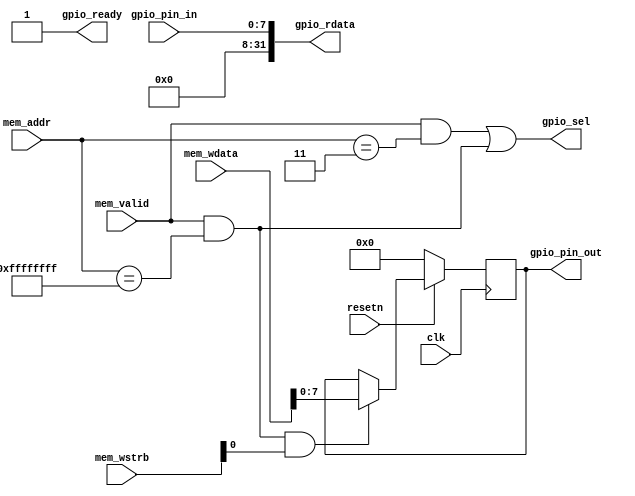
// This program was cloned from: https://github.com/anishathalye/notary
// License: MIT License

module gpio #(
    parameter [31:0] ADDR = 32'hffff_ffff
) (
    input clk,
    input resetn,
    input mem_valid,
    input [31:0] mem_addr,
    input [31:0] mem_wdata,
    input [3:0] mem_wstrb,
    output gpio_ready,
    output gpio_sel,
    output [31:0] gpio_rdata,
    input [7:0] gpio_pin_in,
    output [7:0] gpio_pin_out
);

// layout:
// ADDR -- GPIO write register
//   +4 -- GPIO read register

wire reg_write_sel = mem_valid && (mem_addr == ADDR);
wire reg_read_sel = mem_valid && (mem_addr == (ADDR + 4));
assign gpio_sel = reg_read_sel || reg_write_sel;
// always ready, because we handle everything in a single cycle
assign gpio_ready = 1;

// read logic
assign gpio_rdata = {24'h0000_00, gpio_pin_in};

// write logic
reg [7:0] gpio_out;
always @(posedge clk) begin
    if (!resetn) begin
        gpio_out <= 8'h0;
    end else if (reg_write_sel && mem_wstrb[0]) begin
        gpio_out <= mem_wdata[7:0];
    end
end
assign gpio_pin_out = gpio_out;

endmodule